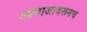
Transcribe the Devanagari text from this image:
आवाजावरूनच